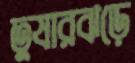
তুষারঝড়ে